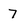
Character: 7